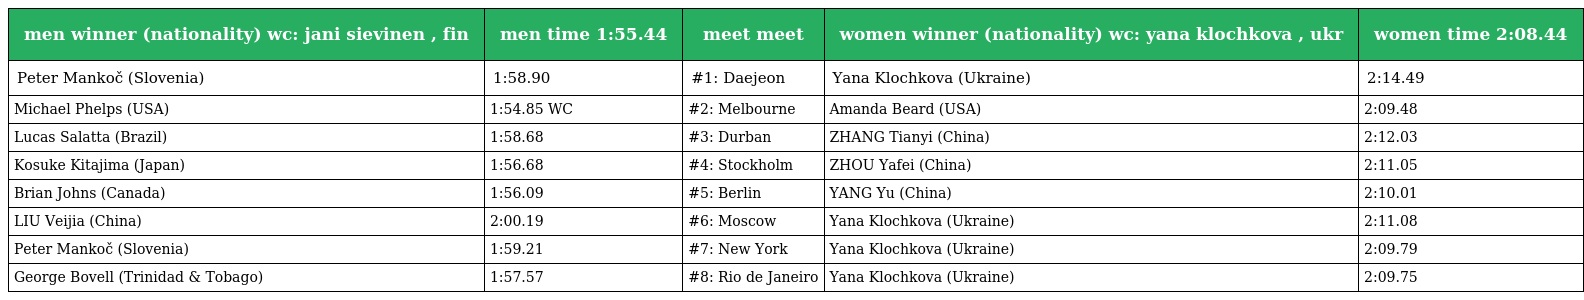
| men winner (nationality) wc: jani sievinen , fin | men time 1:55.44 | meet meet | women winner (nationality) wc: yana klochkova , ukr | women time 2:08.44 |
 | --- | --- | --- | --- | --- |
 | Peter Mankoč (Slovenia) | 1:58.90 | #1: Daejeon | Yana Klochkova (Ukraine) | 2:14.49 |
 | Michael Phelps (USA) | 1:54.85 WC | #2: Melbourne | Amanda Beard (USA) | 2:09.48 |
 | Lucas Salatta (Brazil) | 1:58.68 | #3: Durban | ZHANG Tianyi (China) | 2:12.03 |
 | Kosuke Kitajima (Japan) | 1:56.68 | #4: Stockholm | ZHOU Yafei (China) | 2:11.05 |
 | Brian Johns (Canada) | 1:56.09 | #5: Berlin | YANG Yu (China) | 2:10.01 |
 | LIU Veijia (China) | 2:00.19 | #6: Moscow | Yana Klochkova (Ukraine) | 2:11.08 |
 | Peter Mankoč (Slovenia) | 1:59.21 | #7: New York | Yana Klochkova (Ukraine) | 2:09.79 |
 | George Bovell (Trinidad & Tobago) | 1:57.57 | #8: Rio de Janeiro | Yana Klochkova (Ukraine) | 2:09.75 |